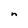
Character: n